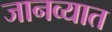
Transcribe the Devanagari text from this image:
जानव्यात